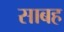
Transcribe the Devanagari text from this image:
साबह